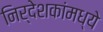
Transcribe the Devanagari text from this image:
निर्देशकांमध्ये